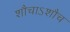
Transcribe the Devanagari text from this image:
शौचाऽशौच